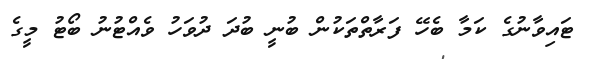
ޓައިވާނުގެ ކަމާ ބެހޭ ފަރާތްތަކުން ބުނީ ބުދަ ދުވަހު ވެއްޓުނު ބޯޓު މީގެ